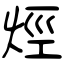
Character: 烴